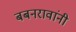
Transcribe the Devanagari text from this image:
बबनरावांनी